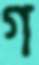
গ